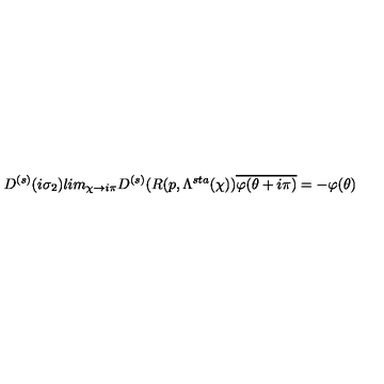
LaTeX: D ^ { ( s ) } ( i \sigma _ { 2 } ) l i m _ { \chi \rightarrow i \pi } D ^ { ( s ) } ( R ( p , \Lambda ^ { s t a } ( \chi ) ) \overline { { \varphi ( \theta + i \pi ) } } = - \varphi ( \theta )